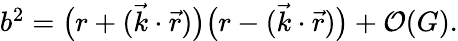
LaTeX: \begin{array}{r}{b^{2}=\big(r+({\vec{k}}\cdot{\vec{r}})\big)\big(r-({\vec{k}}\cdot{\vec{r}})\big)+{\cal O}(G).}\end{array}